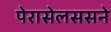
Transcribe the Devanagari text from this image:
पेरासेलससने